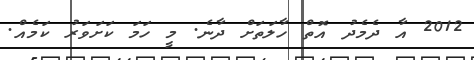
2012 އާ ދެމެދު އޮތް ހާލަތަށް ދާނެ. މީ ހަމަ ކަށަވަރު ކަމެއް.